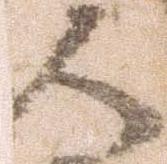
人